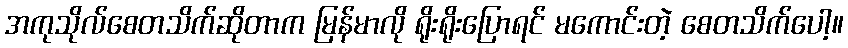
အကုသိုလ်စေတသိက်ဆိုတာက မြန်မာလို ရိုးရိုးပြောရင် မကောင်းတဲ့ စေတသိက်ပေါ့။